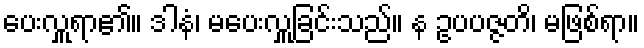
ပေးလှူရာ၏။ ဒါနံ၊ မပေးလှူခြင်းသည်။ န ဥပပဇ္ဇတိ၊ မဖြစ်ရာ။